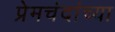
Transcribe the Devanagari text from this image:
प्रेमचंदांच्या